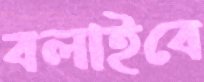
বলাইবে